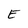
Character: E